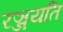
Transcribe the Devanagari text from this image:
रञ्जयति